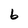
Character: b